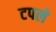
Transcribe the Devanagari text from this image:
टपले